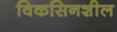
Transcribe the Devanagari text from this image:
विकसिनशील